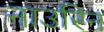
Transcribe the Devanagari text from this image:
नाउरिन